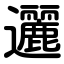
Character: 邐